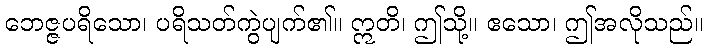
ဘေဇ္ဇပရိသော၊ ပရိသတ်ကွဲပျက်၏။ ဣတိ၊ ဤသို့။ ဧသော၊ ဤအလိုသည်။